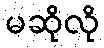
မဆိုလို